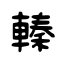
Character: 轃